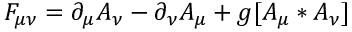
F _ { \mu \nu } = \partial _ { \mu } A _ { \nu } - \partial _ { \nu } A _ { \mu } + g [ A _ { \mu } * A _ { \nu } ]